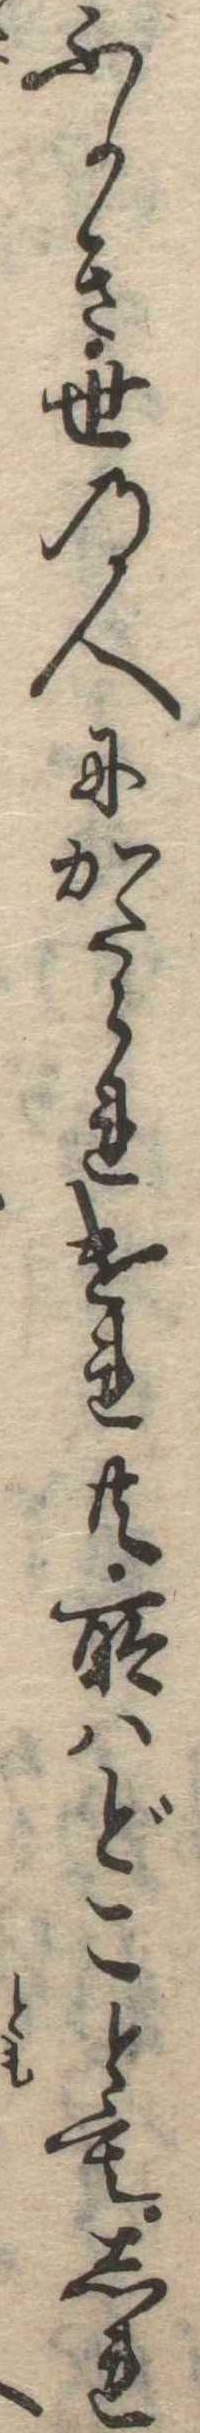
ふかき世の人にかたられけれ共所はどこともしれ